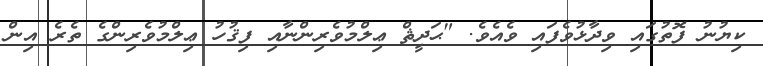
ކިޔުނު ފޮތުގައި ވިދާޅުވެފައި ވެއެވެ. "ޙަދީޘް ޢިލްމުވެރިންނާއި ފިޤުހު ޢިލްމުވެރިންގެ ތެރެ އިން